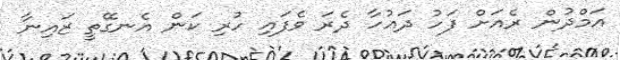
އަމްދުން ރެއަށް ފަހު ދައުހާ ދެރަ ވެފައި ހުރި ކަން އެނގޭތީ ޒައިނާ